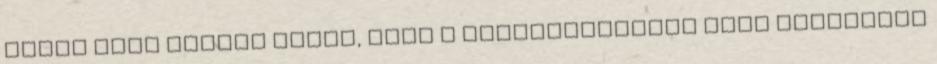
mivel ezen tündék mások, mint a Völgyzugolyban vagy Lórienben